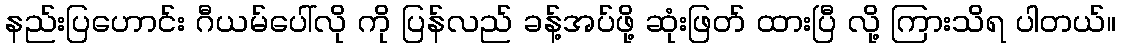
နည်းပြဟောင်း ဂီယမ်ပေါ်လို ကို ပြန်လည် ခန့်အပ်ဖို့ ဆုံးဖြတ် ထားပြီ လို့ ကြားသိရ ပါတယ်။